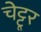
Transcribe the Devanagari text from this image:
चेट्टूर